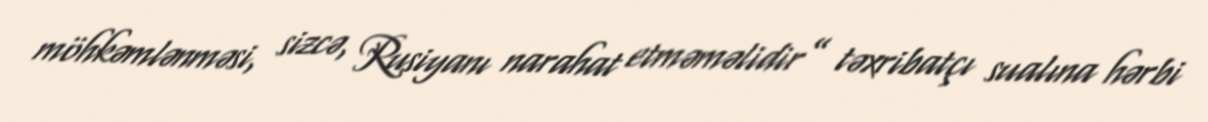
möhkəmlənməsi, sizcə, Rusiyanı narahat etməməlidir” təxribatçı sualına hərbi